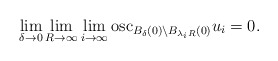
\begin{align*}\lim_{\delta\to 0} \lim_{R\to \infty} \lim_{i\to \infty} \mbox{osc}_{B_\delta(0)\setminus B_{\lambda_i R}(0)} u_i =0.\end{align*}